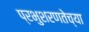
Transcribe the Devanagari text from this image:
प्रभुशरणतेच्या